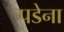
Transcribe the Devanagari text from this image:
पडेना